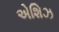
એશિઝ